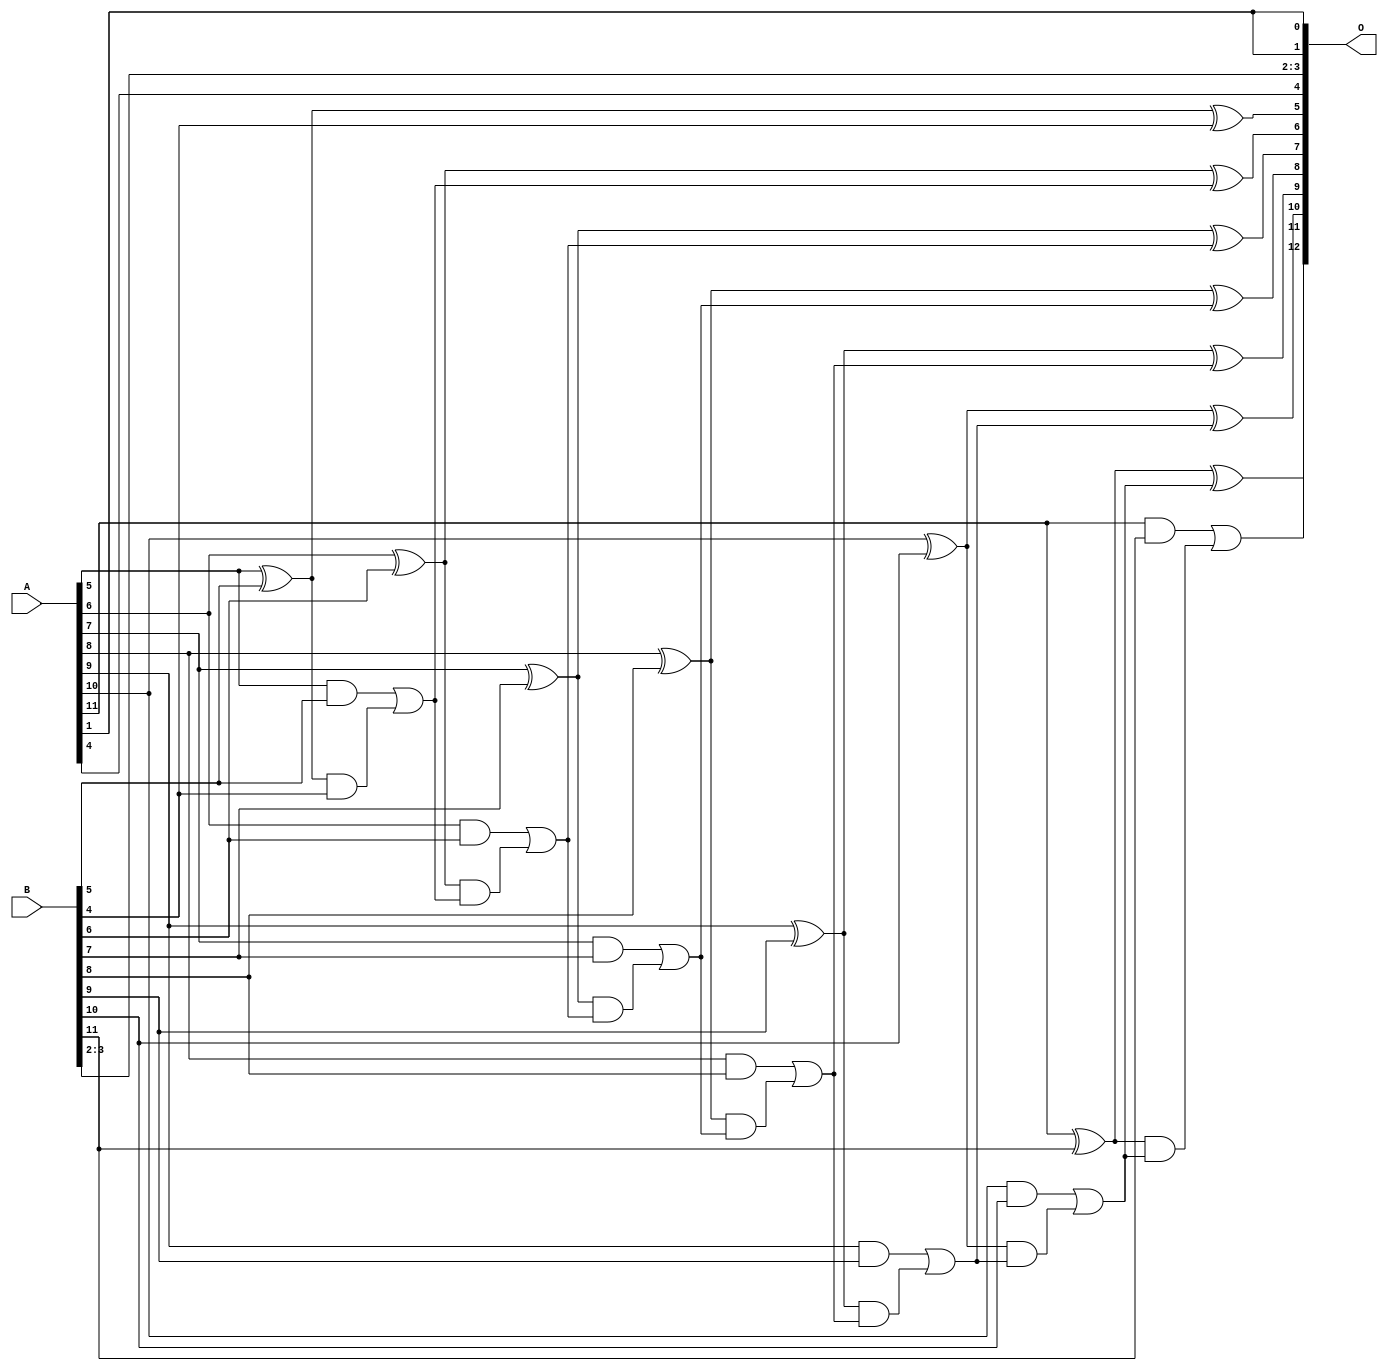
// This program was cloned from: https://github.com/ehw-fit/evoapproxlib
// License: MIT License

/***
* This code is a part of EvoApproxLib library (ehw.fit.vutbr.cz/approxlib) distributed under The MIT License.
* When used, please cite the following article(s):  
* This file contains a circuit from a sub-set of pareto optimal circuits with respect to the pwr and wce parameters
***/
// MAE% = 0.098 %
// MAE = 8.0 
// WCE% = 0.21 %
// WCE = 17 
// WCRE% = 100.00 %
// EP% = 96.88 %
// MRE% = 0.27 %
// MSE = 86 
// PDK45_PWR = 0.031 mW
// PDK45_AREA = 62.4 um2
// PDK45_DELAY = 0.60 ns


module add12u_0JF(A, B, O);
  input [11:0] A, B;
  output [12:0] O;
  wire sig_46, sig_47, sig_48, sig_50, sig_51, sig_52;
  wire sig_53, sig_55, sig_56, sig_57, sig_58, sig_60;
  wire sig_61, sig_62, sig_63, sig_65, sig_66, sig_67;
  wire sig_68, sig_70, sig_71, sig_72, sig_73, sig_75;
  wire sig_76, sig_77, sig_78;
  assign sig_46 = A[5] ^ B[5];
  assign sig_47 = A[5] & B[5];
  assign sig_48 = sig_46 & B[4];
  assign O[5] = sig_46 ^ B[4];
  assign sig_50 = sig_47 | sig_48;
  assign sig_51 = A[6] ^ B[6];
  assign sig_52 = A[6] & B[6];
  assign sig_53 = sig_51 & sig_50;
  assign O[6] = sig_51 ^ sig_50;
  assign sig_55 = sig_52 | sig_53;
  assign sig_56 = A[7] ^ B[7];
  assign sig_57 = A[7] & B[7];
  assign sig_58 = sig_56 & sig_55;
  assign O[7] = sig_56 ^ sig_55;
  assign sig_60 = sig_57 | sig_58;
  assign sig_61 = A[8] ^ B[8];
  assign sig_62 = A[8] & B[8];
  assign sig_63 = sig_61 & sig_60;
  assign O[8] = sig_61 ^ sig_60;
  assign sig_65 = sig_62 | sig_63;
  assign sig_66 = A[9] ^ B[9];
  assign sig_67 = A[9] & B[9];
  assign sig_68 = sig_66 & sig_65;
  assign O[9] = sig_66 ^ sig_65;
  assign sig_70 = sig_67 | sig_68;
  assign sig_71 = A[10] ^ B[10];
  assign sig_72 = A[10] & B[10];
  assign sig_73 = sig_71 & sig_70;
  assign O[10] = sig_71 ^ sig_70;
  assign sig_75 = sig_72 | sig_73;
  assign sig_76 = A[11] ^ B[11];
  assign sig_77 = A[11] & B[11];
  assign sig_78 = sig_76 & sig_75;
  assign O[11] = sig_76 ^ sig_75;
  assign O[12] = sig_77 | sig_78;
  assign O[0] = A[1];
  assign O[1] = A[1];
  assign O[2] = B[2];
  assign O[3] = B[3];
  assign O[4] = A[4];
endmodule